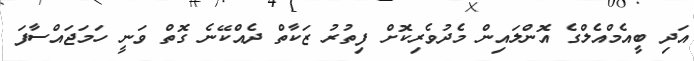
އަދި ބީއެމްއެލްގެ އޮންލައިން މެދުވެރިކޮށް ފިތުރު ޒަކާތް ދެއްކޭނެ ގޮތް ވަނީ ހަމަޖައްސާފަ